Senior Leaving Certificate Examination (including Day School Certificate (Higher) General paper), 1946
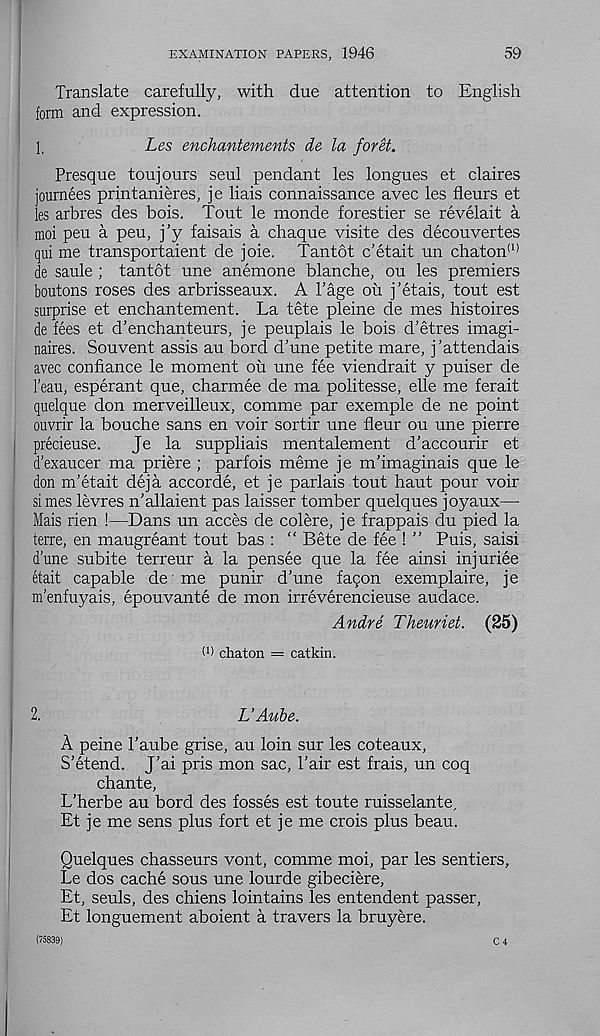
EXAMINATION PAPERS, 1946
59
Translate carefully, with due attention to English
form and expression.
1,
Les enchantements de la foret.
Presque toujours seul pendant les longues et claires
journees printanieres, je liais connaissance avec les fleurs et
les arbres des bois. Tout le monde forestier se revelait a
moi peu a peu, j’y faisais a chaque visite des decouvertes
qui me transportaient de joie. Tantot c’etait un chaton (1)
de saule ; tantot une anemone blanche, ou les premiers
boutons roses des arbrisseaux. A Page ou j’etais, tout est
surprise et enchantement. La tete pleine de mes histoires
de fees et d’enchanteurs, je peuplais le bois d’etres imagi-
naires. Souvent assis au bord d'une petite mare, j’attendais
avec confiance le moment ou une fee viendrait y puiser de
1’eau, esperant que, charmee de ma politesse, elle me ferait
quelque don merveilleux, comme par exemple de ne point
ouvrir la bouche sans en voir sortir une fleur ou une pierre
precieuse.
Je la suppliais mentalement d’accourir et
d’exaucer ma priere ; parfois meme je m’imaginais que le
don m’etait deja accorde, et je parlais tout haut pour voir
si mes levres n’allaient pas laisser tomber quelques joyaux—
Mais rien !—Dans un acces de colere, je frappais du pied la
terre, en maugreant tout bas : “ Bete de fee ! ” Puis, saisi
dune subite terreur a la pensee que la fee ainsi injuriee
etait capable de me punir d'une fagon exemplaire, je
m’enfuyais, epouvante de mon irreverencieuse audace.
Andre Theuriet. (25)
W chaton = catkin.
2.
L’Aube.
A peine Taube grise, au loin sur les coteaux,
S’etend. J’ai pris mon sac, Pair est frais, un coq
chante,
L’herbe au bord des fosses est toute ruisselante,
Et je me sens plus fort et je me crois plus beau.
Quelques chasseurs vont, comme moi, par les sentiers,
Le dos cache sous une lourde gibeciere,
Et, seuls, des chiens lointains les entendent passer,
Et longuement aboient a travers la bruyere.
(75839)
C 4